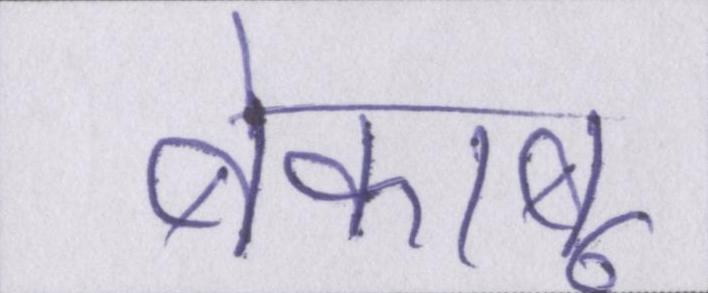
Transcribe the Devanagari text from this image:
बेकाबू